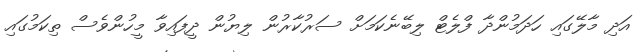
އަދި މާލޭގައި ހަދަމުންދާ ފްލެޓް ލިބޭނެކަމަށް ސަރުކާރުން ލިޔުން ދީފައިވާ މީހުންވެސް ތިކަމުގައި